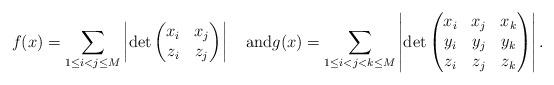
LaTeX: \begin{align*}f(x)=\sum_{1 \le i < j \le M} \left |\det\begin{pmatrix}x_i & x_j \\z_i & z_j \end{pmatrix}\right|\quad\hbox{and}g(x)=\sum_{1 \le i < j < k \le M} \left |\det\begin{pmatrix}x_i & x_j & x_k \\y_i & y_j & y_k \\z_i & z_j & z_k\end{pmatrix}\right|.\end{align*}